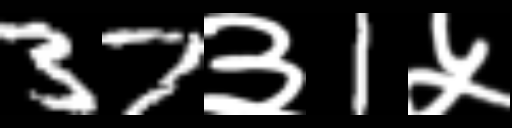
Text: 37३1५